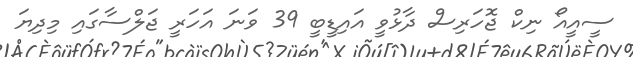
ސީއީއޯ ނިކް ޖޮހަރިސް ދާޅުވީ އައިޑީބީ 39 ވަނަ އަހަރީ ޖަލްސާގައި މިދިޔަ